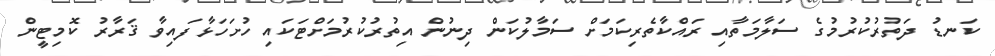
ކަނޑު ދަތުރުކުރުމުގެ ސަލާމަތާއި ރައްކާތެރިކަމަށް ސަމާލުކަން ދިނުން އިތުރުކުރުމަށްޓަކައި ހުށަހަޅާފައިވާ ޤަރާރު ކޮމިޓީން